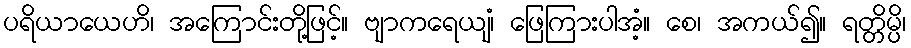
ပရိယာယေဟိ၊ အကြောင်းတို့ဖြင့်။ ဗျာကရေယျံ၊ ဖြေကြားပါအံ့။ စေ၊ အကယ်၍။ ရတ္တိမ္ပိ၊